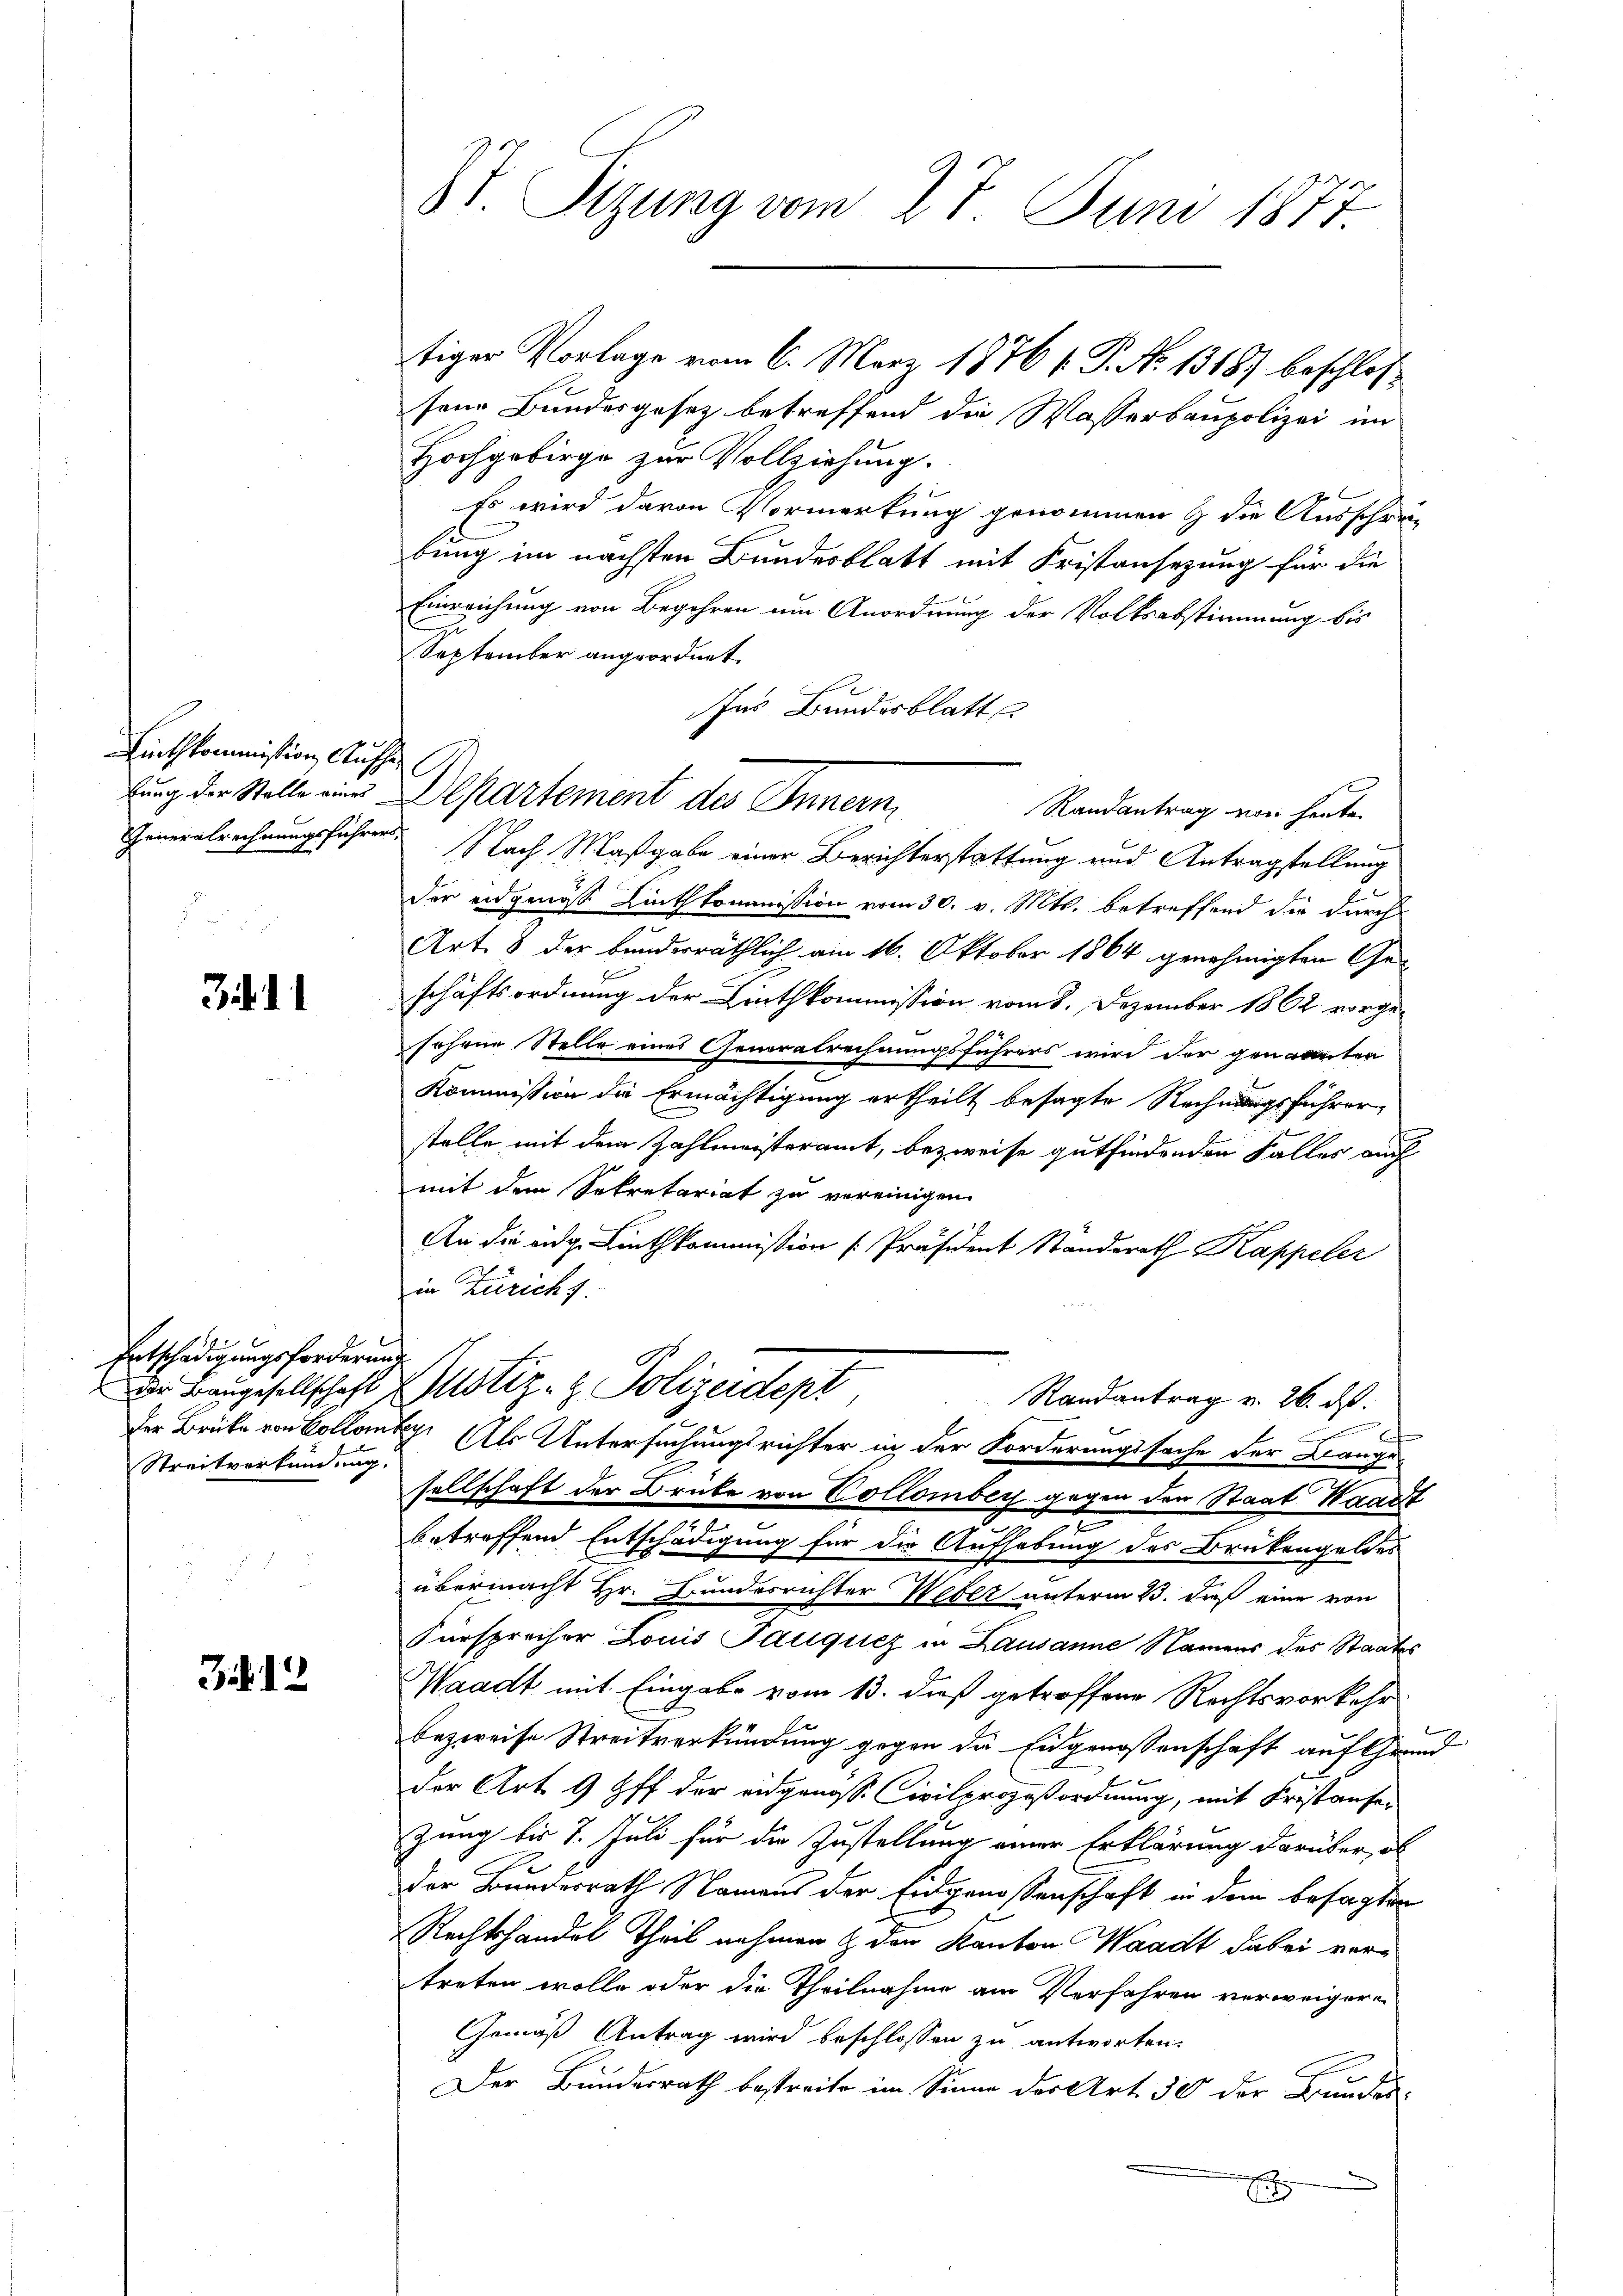
Linthkommission, Aufhe

34. 11

J 12

Entschädigungsforderung
Der Brüke von Collons
Streitverkundung.

St. Sizung vom 27. Juni 1877.

lung der Stelle eine Departement des Innern

tiger Vorlage vom 6. März 1876 f. P. No 13187 beschloß
sene Bundesgesez betreffend die Wasserbaupolizei im
Hochgebirge zur Vollziehung.
Es wird davon Vormerkung genommen & die Ausschrei-
bung im nächsten Bundesblatt mit Fristansezung für die
Einreichung von Begehren um Anordnung der Volksabstimmung bis
September angeordnet
Ins Bundesblatt
Randantrag von heute
Generalrechnungsführer Nach Maßgabe einer Berichterstattung und Antragstellung
der eidgenoss Linthkommission vom 30. v. Mts. betreffend die durch
Art. 8 der bunderräthlich am 16. Oktober 1864 genehmigten Geschäftsordnung der Linthkommission vom 8. Dezember 1862 vorgefohene Stelle eines Generalrechnungsführers wird der genannten
Kommission die Ermächtigung ertheilt besagte Rechnungsführer
stelle mit dem Zahlmeisteramt, bezweife gutfindenden Falles auch
mit dem Sekretariat zu vereinigen.
An die eidg. Linthkommission [Präsident Ständerath Kappeler
in Zürichs.
Dr Baugesellschaft Zustiz- & Polizeidept,
Randantrag v. 26. ds.
87. Als Untersuchungsrichter in der Forderungssache der Bange-
sellschaft der Brücke von Collomber gegen den Staat Waadt
betreffend Entschädigung für die Aufhebung des Brükengeldes
übermacht Hr. Bundesrichter Weber unterm 3. dieß eine von
Fürsprecher Louis Pauquez in Lausanne Namens des Staates
Waadt mit Eingabe vom 13. dieß getroffene Rechtsvorkehr
bezweife Streitverkündung gegen die Eidgenossenschaft auf Grund
der Art. 9 ff der eidgenosse Civilprozeßordnung, mit Fristanse-
zung bis 7. Juli für die Zustellung einer Erklärung darüber, ob
Der Bundesrath Namens der Eidgenossenschaft in dem besagten
Rechtshandel Theil nehmen & den Kanton Waadt dabei vertreten wolle oder die Theilnahme am Verfahren verweigern
Gemäß Antrag wird beschlossen zu antworten.
Der Bundesrath bestreite im Sinne der Art. 30 der Bundes-
x